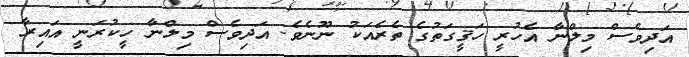
އަދިވެސް މިލްނާ އެހުރީ ހަޤީގަތުގެ ތެރެއަކު ނޫނެވެ. އަދިވެސް މިލްނާ ހީކުރަނީ އައިރާ